Civil Veterinary Department. Madras. Admin. report 1926-33 - 1926-1933
Year: 1926
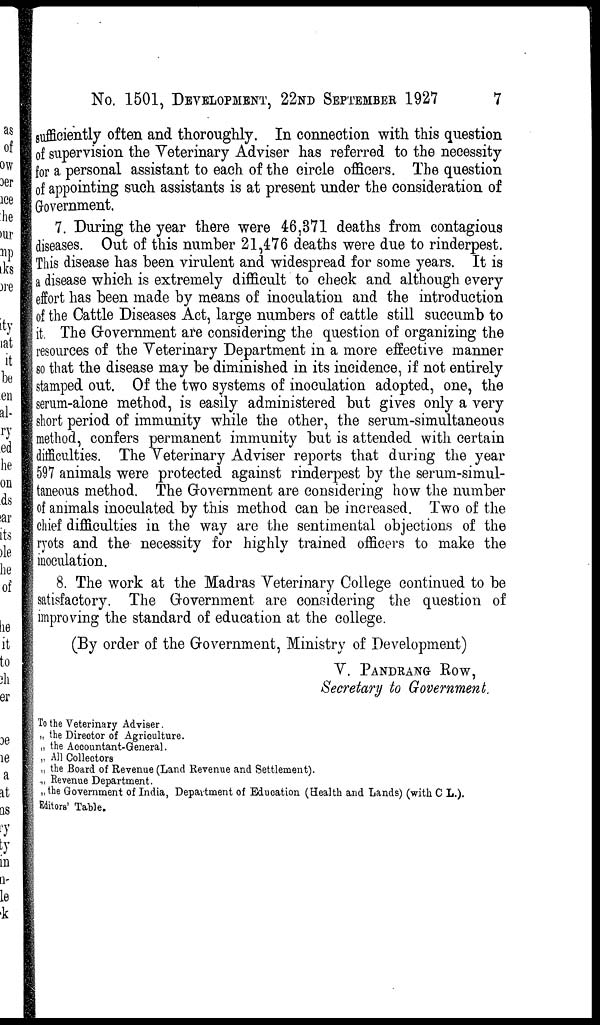
No. 1501, DEVELOPMENT, 22ND SEPTEMBER 1927
7
sufficiently often and thoroughly. In connection with this question
of supervision the Veterinary Adviser has referred to the necessity
for a personal assistant to each of the circle officers. The question
of appointing such assistants is at present under the consideration of
Government.
7. During the year there were 46,371 deaths from contagious
diseases. Out of this number 21,476 deaths were due to rinderpest.
This disease has been virulent and widespread for some years. It is
a disease which is extremely difficult to check and although every
effort has been made by means of inoculation and the introduction
of the Cattle Diseases Act, large numbers of cattle still succumb to
it. The Government are considering the question of organizing the
resources of the Veterinary Department in a more effective manner
so that the disease may be diminished in its incidence, if not entirely
stamped out. Of the two systems of inoculation adopted, one, the
serum-alone method, is easily administered but gives only a very
short period of immunity while the other, the serum-simultaneous
method, confers permanent immunity but is attended with certain
difficulties. The Veterinary Adviser reports that during the year
597 animals were protected against rinderpest by the serum-simul-
taneous method. The Government are considering how the number
of animals inoculated by this method can be increased. Two of the
chief difficulties in the way are the sentimental objections of the
ryots and the necessity for highly trained officers to make the
inoculation.
8. The work at the Madras Veterinary College continued to be
satisfactory. The Government are considering the question of
improving the standard of education at the college.
(By order of the Government, Ministry of Development)
V. PANDRANG ROW,
Secretary to Government
To the Veterinary Adviser.
„ the Director of Agrioultnre.
„ the Accountant-General.
„ All Collectors
„ the Board of Revenue (Land Revenue and Settlement).
„ Revenue Department.
„ the Government of India, Department of Education (Health and Lands) (with C L.).
Editors' Table.